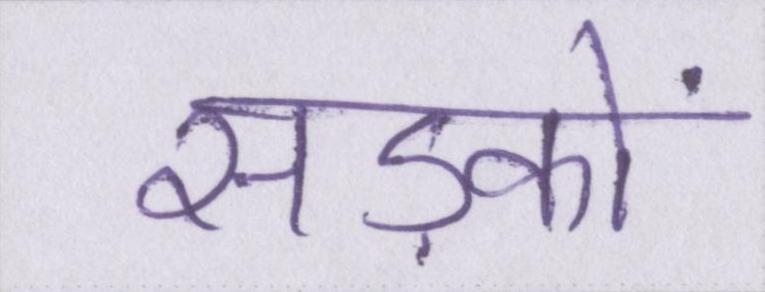
सड़कों